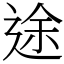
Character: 途